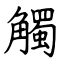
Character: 觸